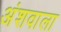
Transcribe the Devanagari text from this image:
अंशवाला